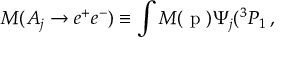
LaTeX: M ( A _ { j } \rightarrow e ^ { + } e ^ { - } ) \equiv \int M ( \mathrm { \boldmath ~ p ~ } ) \Psi _ { j } ( ^ { 3 } P _ { 1 } \, , \,